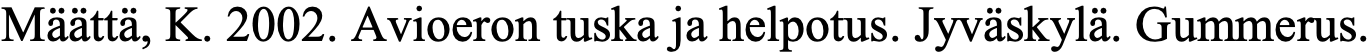
Määttä, K. 2002. Avioeron tuska ja helpotus. Jyväskylä. Gummerus.